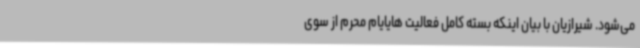
می‌شود. شیرازیان با بیان اینکه بسته کامل فعالیت هایایام محرم از سوی